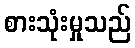
စားသုံးမှုသည်